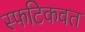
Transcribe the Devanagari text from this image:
स्फटिकवत